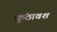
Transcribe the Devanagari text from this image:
कुंठावश